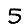
Digit: 5